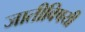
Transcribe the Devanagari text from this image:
जातीविषयी